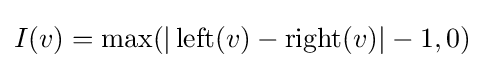
I(v)=\operatorname {max} (|\operatorname {left} (v)-\operatorname {right} (v)|-1,0)